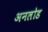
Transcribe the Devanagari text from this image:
अनलोड